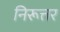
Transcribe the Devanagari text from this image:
निरूत्तर